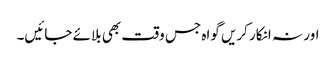
اور نہ انکار کریں گواہ جس وقت بھی بلائے جائیں۔